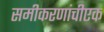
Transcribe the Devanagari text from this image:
समीकरणांचीएक